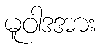
မူဝါဒအား